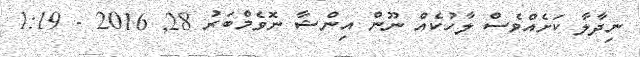
ނިދާލާ ކަށެއްވެސް ލާހުކެއް ނޫން އިންޝާ ނޮވެމްބަރު 28